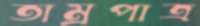
তাম্রপাত্র